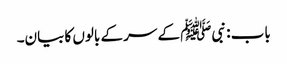
باب : نبیﷺ کے سر کے بالوں کا بیان۔